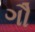
ગૌ